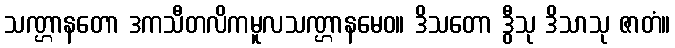
သဏ္ဌာနတော ဒကသီတလိကမူလသဏ္ဌာနမေဝ။ ဒိသတော ဒွီသု ဒိသာသု ဇာတံ။